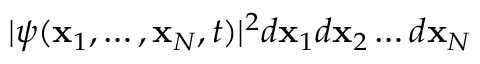
| \psi ( \mathbf { x } _ { 1 } , \ldots , \mathbf { x } _ { N } , t ) | ^ { 2 } d \mathbf { x } _ { 1 } d \mathbf { x } _ { 2 } \ldots { } d \mathbf { x } _ { N }